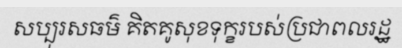
សប្បុរសធម៌ គិតគូសុខទុក្ខរបស់ប្រជាពលរដ្ឋ